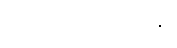
ဦးအောင်မင်းသည်